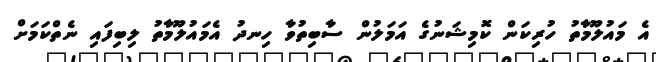
އެ މައުލޫމާތު ހުރިކަން ކޮމިޝަނުގެ އަމަލުން ސާބިތުވާ ހިނދު އެމައުލޫމާތު ލިބިފައި ނެތްކަމަށް